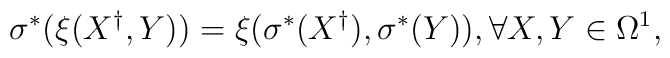
\sigma^\ast(\xi(X^\dag,    Y))=\xi(\sigma^\ast(X^\dag),\sigma^\ast(Y)), \forall X,    Y\in\Omega^1,